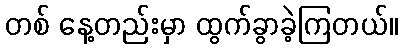
တစ် နေ့တည်းမှာ ထွက်ခွာခဲ့ကြတယ်။